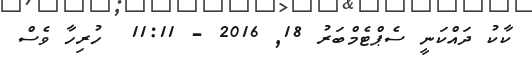
ކާކު ދައްކަނީ ސެޕްޓެމްބަރު 18